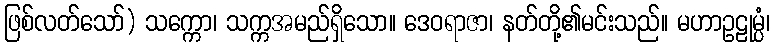
ဖြစ်လတ်သော်) သက္ကော၊ သက္ကအမည်ရှိသော။ ဒေဝရာဇာ၊ နတ်တို့၏မင်းသည်။ မဟာဥဠုမ္ပံ၊